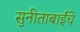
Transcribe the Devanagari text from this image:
सुनीताबाईंचे